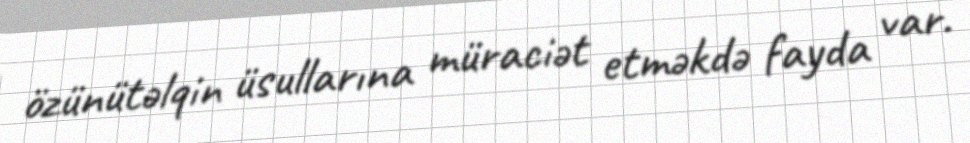
özünütəlqin üsullarına müraciət etməkdə fayda var.